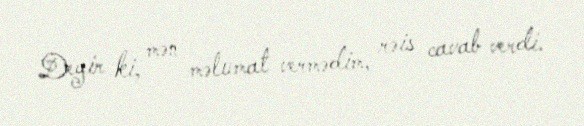
Deyir ki, mən məlumat vermədim, rəis cavab verdi.